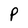
Character: P